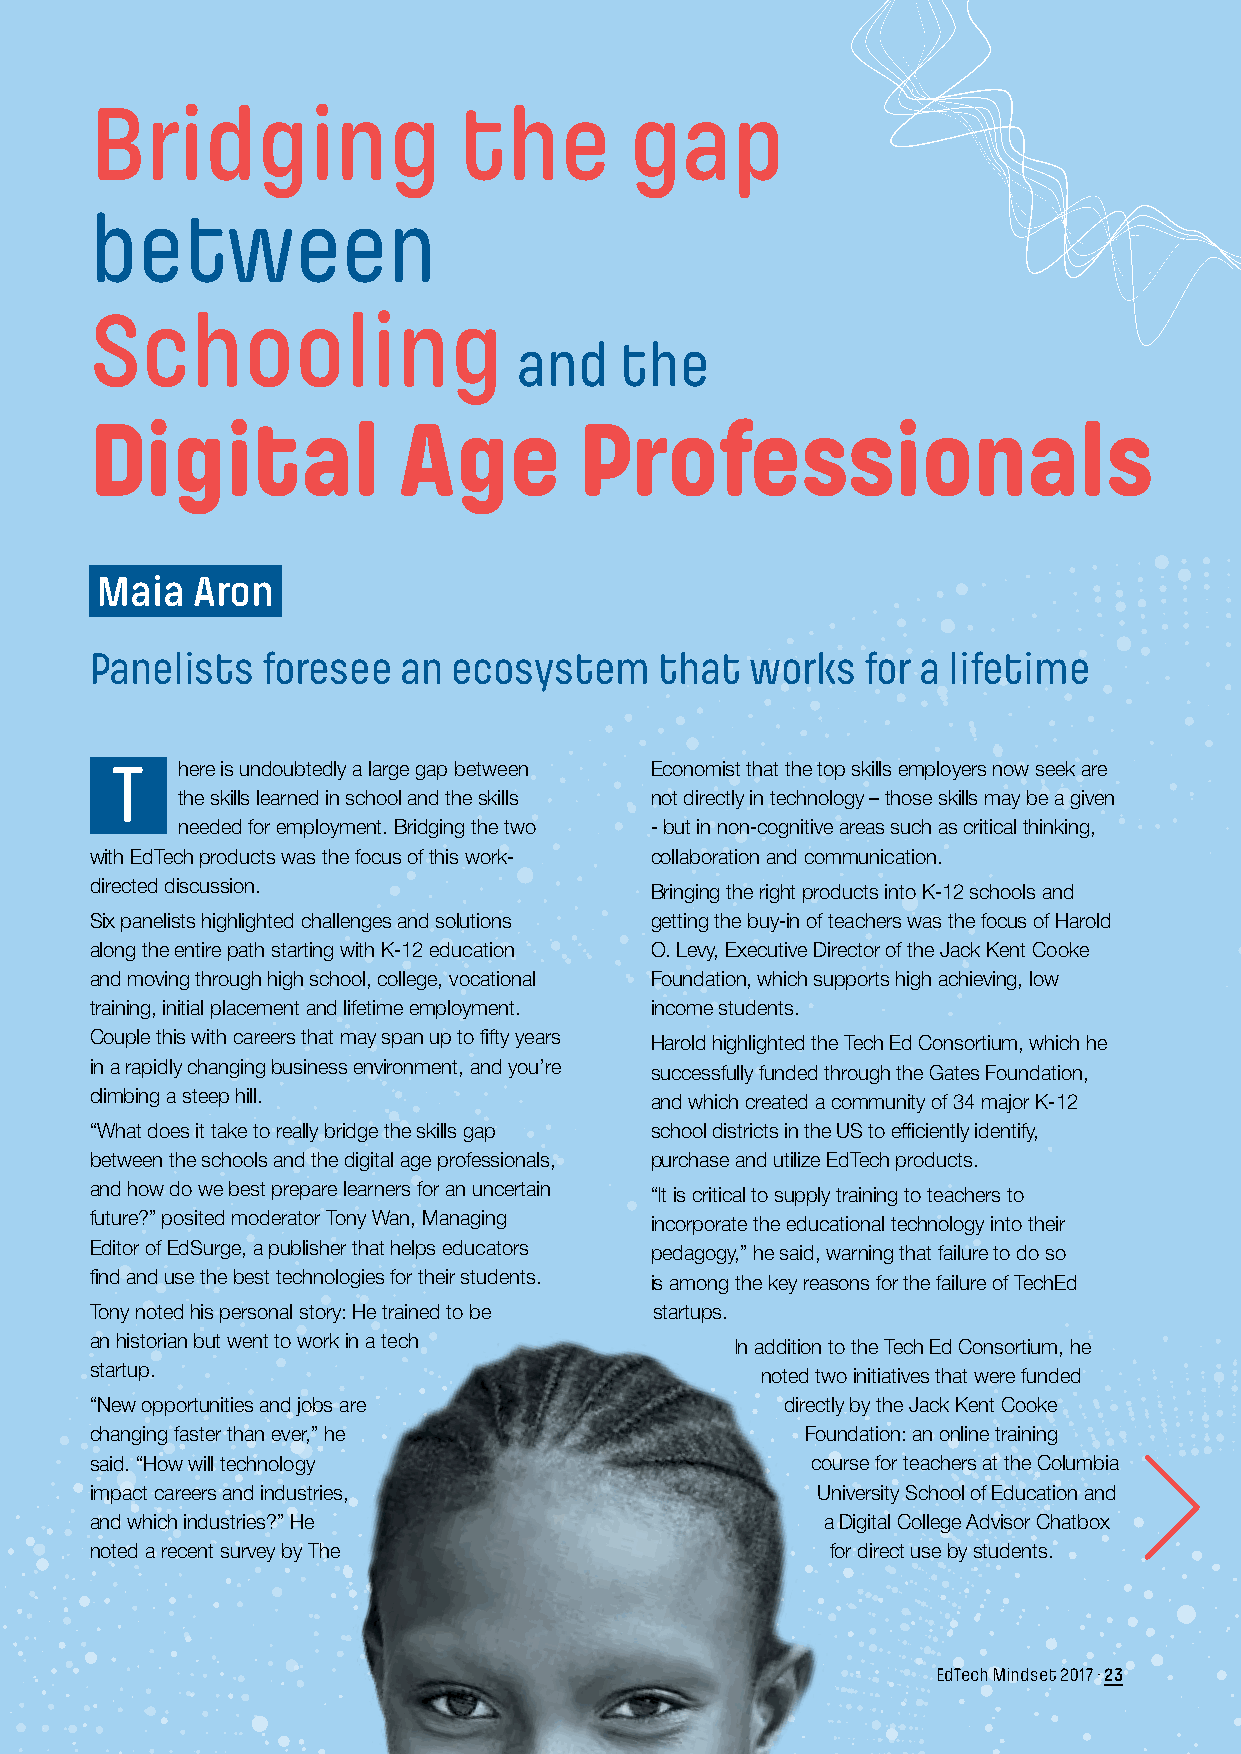
Bridging                the         gap
 between
 Schooling
 and    the
 Digital             Age         Professionals
 Maia   Aron
 Panelists  foresee  an  ecosystem     that  works  for a lifetime
 T    here is undoubtedly a large gap between Economist that the top skills employers now seek are
 the skills learned in school and the skills not directly in technology – those skills may be a given
 needed for employment. Bridging the two - but in non-cognitive areas such as critical thinking,
 with EdTech products was the focus of this work- collaboration and communication.
 directed discussion.                 Bringing the right products into K-12 schools and
 Six panelists highlighted challenges and solutions getting the buy-in of teachers was the focus of Harold
 along the entire path starting with K-12 education O. Levy, Executive Director of the Jack Kent Cooke
 and moving through high school, college, vocational Foundation, which supports high achieving, low
 training, initial placement and lifetime employment. income students.
 Couple this with careers that may span up to fifty years Harold highlighted the Tech Ed Consortium, which he
 in a rapidly changing business environment, and you’re successfully funded through the Gates Foundation,
 climbing a steep hill.               and which created a community of 34 major K-12
 “What does it take to really bridge the skills gap school districts in the US to efficiently identify,
 between the schools and the digital age professionals, purchase and utilize EdTech products.
 and how do we best prepare learners for an uncertain “It is critical to supply training to teachers to
 future?” posited moderator Tony Wan, Managing incorporate the educational technology into their
 Editor of EdSurge, a publisher that helps educators pedagogy,” he said, warning that failure to do so
 find and use the best technologies for their students. is among the key reasons for the failure of TechEd
 Tony noted his personal story: He trained to be startups.
 an historian but went to work in a tech    In addition to the Tech Ed Consortium, he
 startup.                                    noted two initiatives that were funded
 “New opportunities and jobs are               directly by the Jack Kent Cooke
 changing faster than ever,” he                 Foundation: an online training
 said. “How will technology                      course for teachers at the Columbia
 impact careers and industries,                  University School of Education and
 and which industries?” He                       a Digital College Advisor Chatbox
 noted a recent survey by The                     for direct use by students.
 EdTech Mindset 2017 · 23